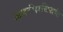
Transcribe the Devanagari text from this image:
अपरीक्षसिद्धांत